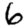
Digit: 6